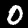
Digit: 0